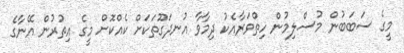
މީގެ ސަބަބުން މުސްލިމުން ހިތްވަރާއެކު ދިމާވާ އުނދަގޫތަކަށް ކެއްކޮށް މީގެ އިތުރުން އޭނާގެ